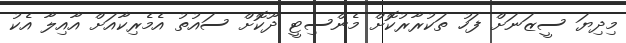
މިދިޔަ ސީޒަނަށް ފަހު ތަކުރާރުކޮށް މެންސިޓީ ދޫކޮށް ސައުތު އެމެރިކާއަށް އާއިލާ އެކު